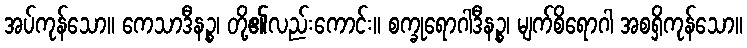
အပ်ကုန်သော။ ကေသာဒီနဉ္စ၊ တို့၏လည်းကောင်း။ စက္ခုရောဂါဒီနဉ္စ၊ မျက်စိရောဂါ အစရှိကုန်သော။